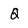
Character: Q